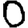
Digit: 0